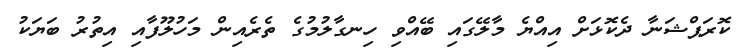
ކޮރަޕްޝަނާ ދެކޮޅަށް އިއްޔެ މާލޭގައި ބޭއްވި ހިނގާލުމުގެ ތެރެއިން މަހުލޫފާއި އިތުރު ބަޔަކު